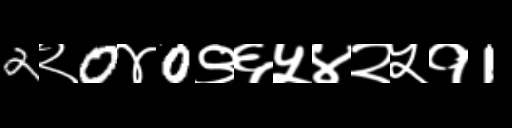
Text: 2२0४0९६५४२५१1